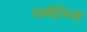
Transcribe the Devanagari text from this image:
तब्दीलियों